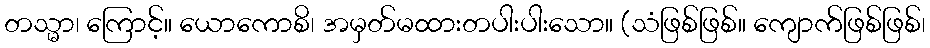
တသ္မာ၊ ကြောင့်။ ယောကောစိ၊ အမှတ်မထားတပါးပါးသော။ (သံဖြစ်ဖြစ်။ ကျောက်ဖြစ်ဖြစ်၊